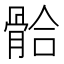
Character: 𩩂